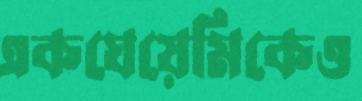
একঘেয়েমিকেও